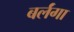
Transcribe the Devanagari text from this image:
बर्लंगा